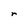
Character: r